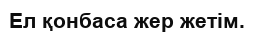
Ел қонбаса жер жетім.